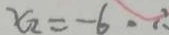
x _ { 2 } = - 6 \cdot \therefore